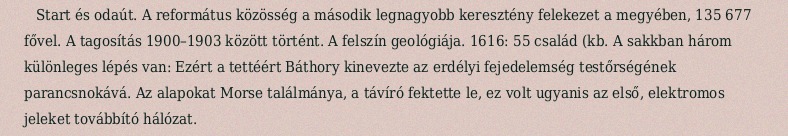
Start és odaút. A református közösség a második legnagyobb keresztény felekezet a megyében, 135 677 fővel. A tagosítás 1900–1903 között történt. A felszín geológiája. 1616: 55 család (kb. A sakkban három különleges lépés van: Ezért a tettéért Báthory kinevezte az erdélyi fejedelemség testőrségének parancsnokává. Az alapokat Morse találmánya, a távíró fektette le, ez volt ugyanis az első, elektromos jeleket továbbító hálózat.